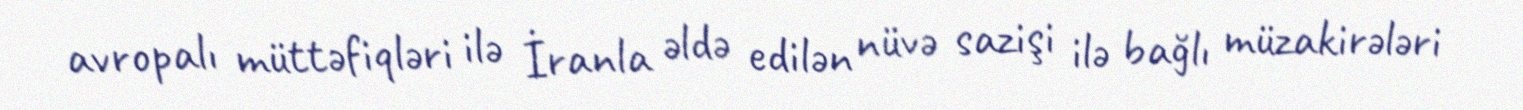
avropalı müttəfiqləri ilə İranla əldə edilən nüvə sazişi ilə bağlı müzakirələri